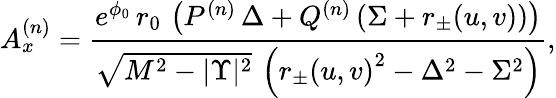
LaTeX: A_{x}^{(n)}={\frac{e^{{\phi_{0}}}\, r_{0}\, \left({P^{(n)}}\, {\Delta}+{Q^{(n)}}\, (\Sigma+r_{\pm}(u,v))\right)}{{\sqrt{{M^{2}}-{|\Upsilon|^{2}}}}\, \left({{r_{\pm}(u,v)}^{2}}-{{{\Delta}}^{2}}-{\Sigma^{2}}\right)}},